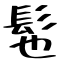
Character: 髢